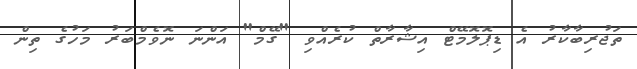
ތަޖުރިބާކާރު އެ ޑިޕޮލޮމޭޓް އިޝާރާތް ކުރެއްވި "ގޭމް" އަންނަ ނޮވެމްބަރު މަހުގެ ތިން